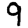
Digit: 9